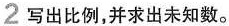
2写出比例，并求出未知数。